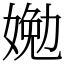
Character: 㛯